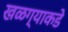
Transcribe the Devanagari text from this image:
खळग्याकडे